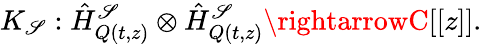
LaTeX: K_{\mathscr{S}}:\hat{{H}}_{Q(t,z)}^{\mathscr{S}}\otimes\hat{{H}}_{Q(t,z)}^{\mathscr{S}}\rightarrowC[[z]].